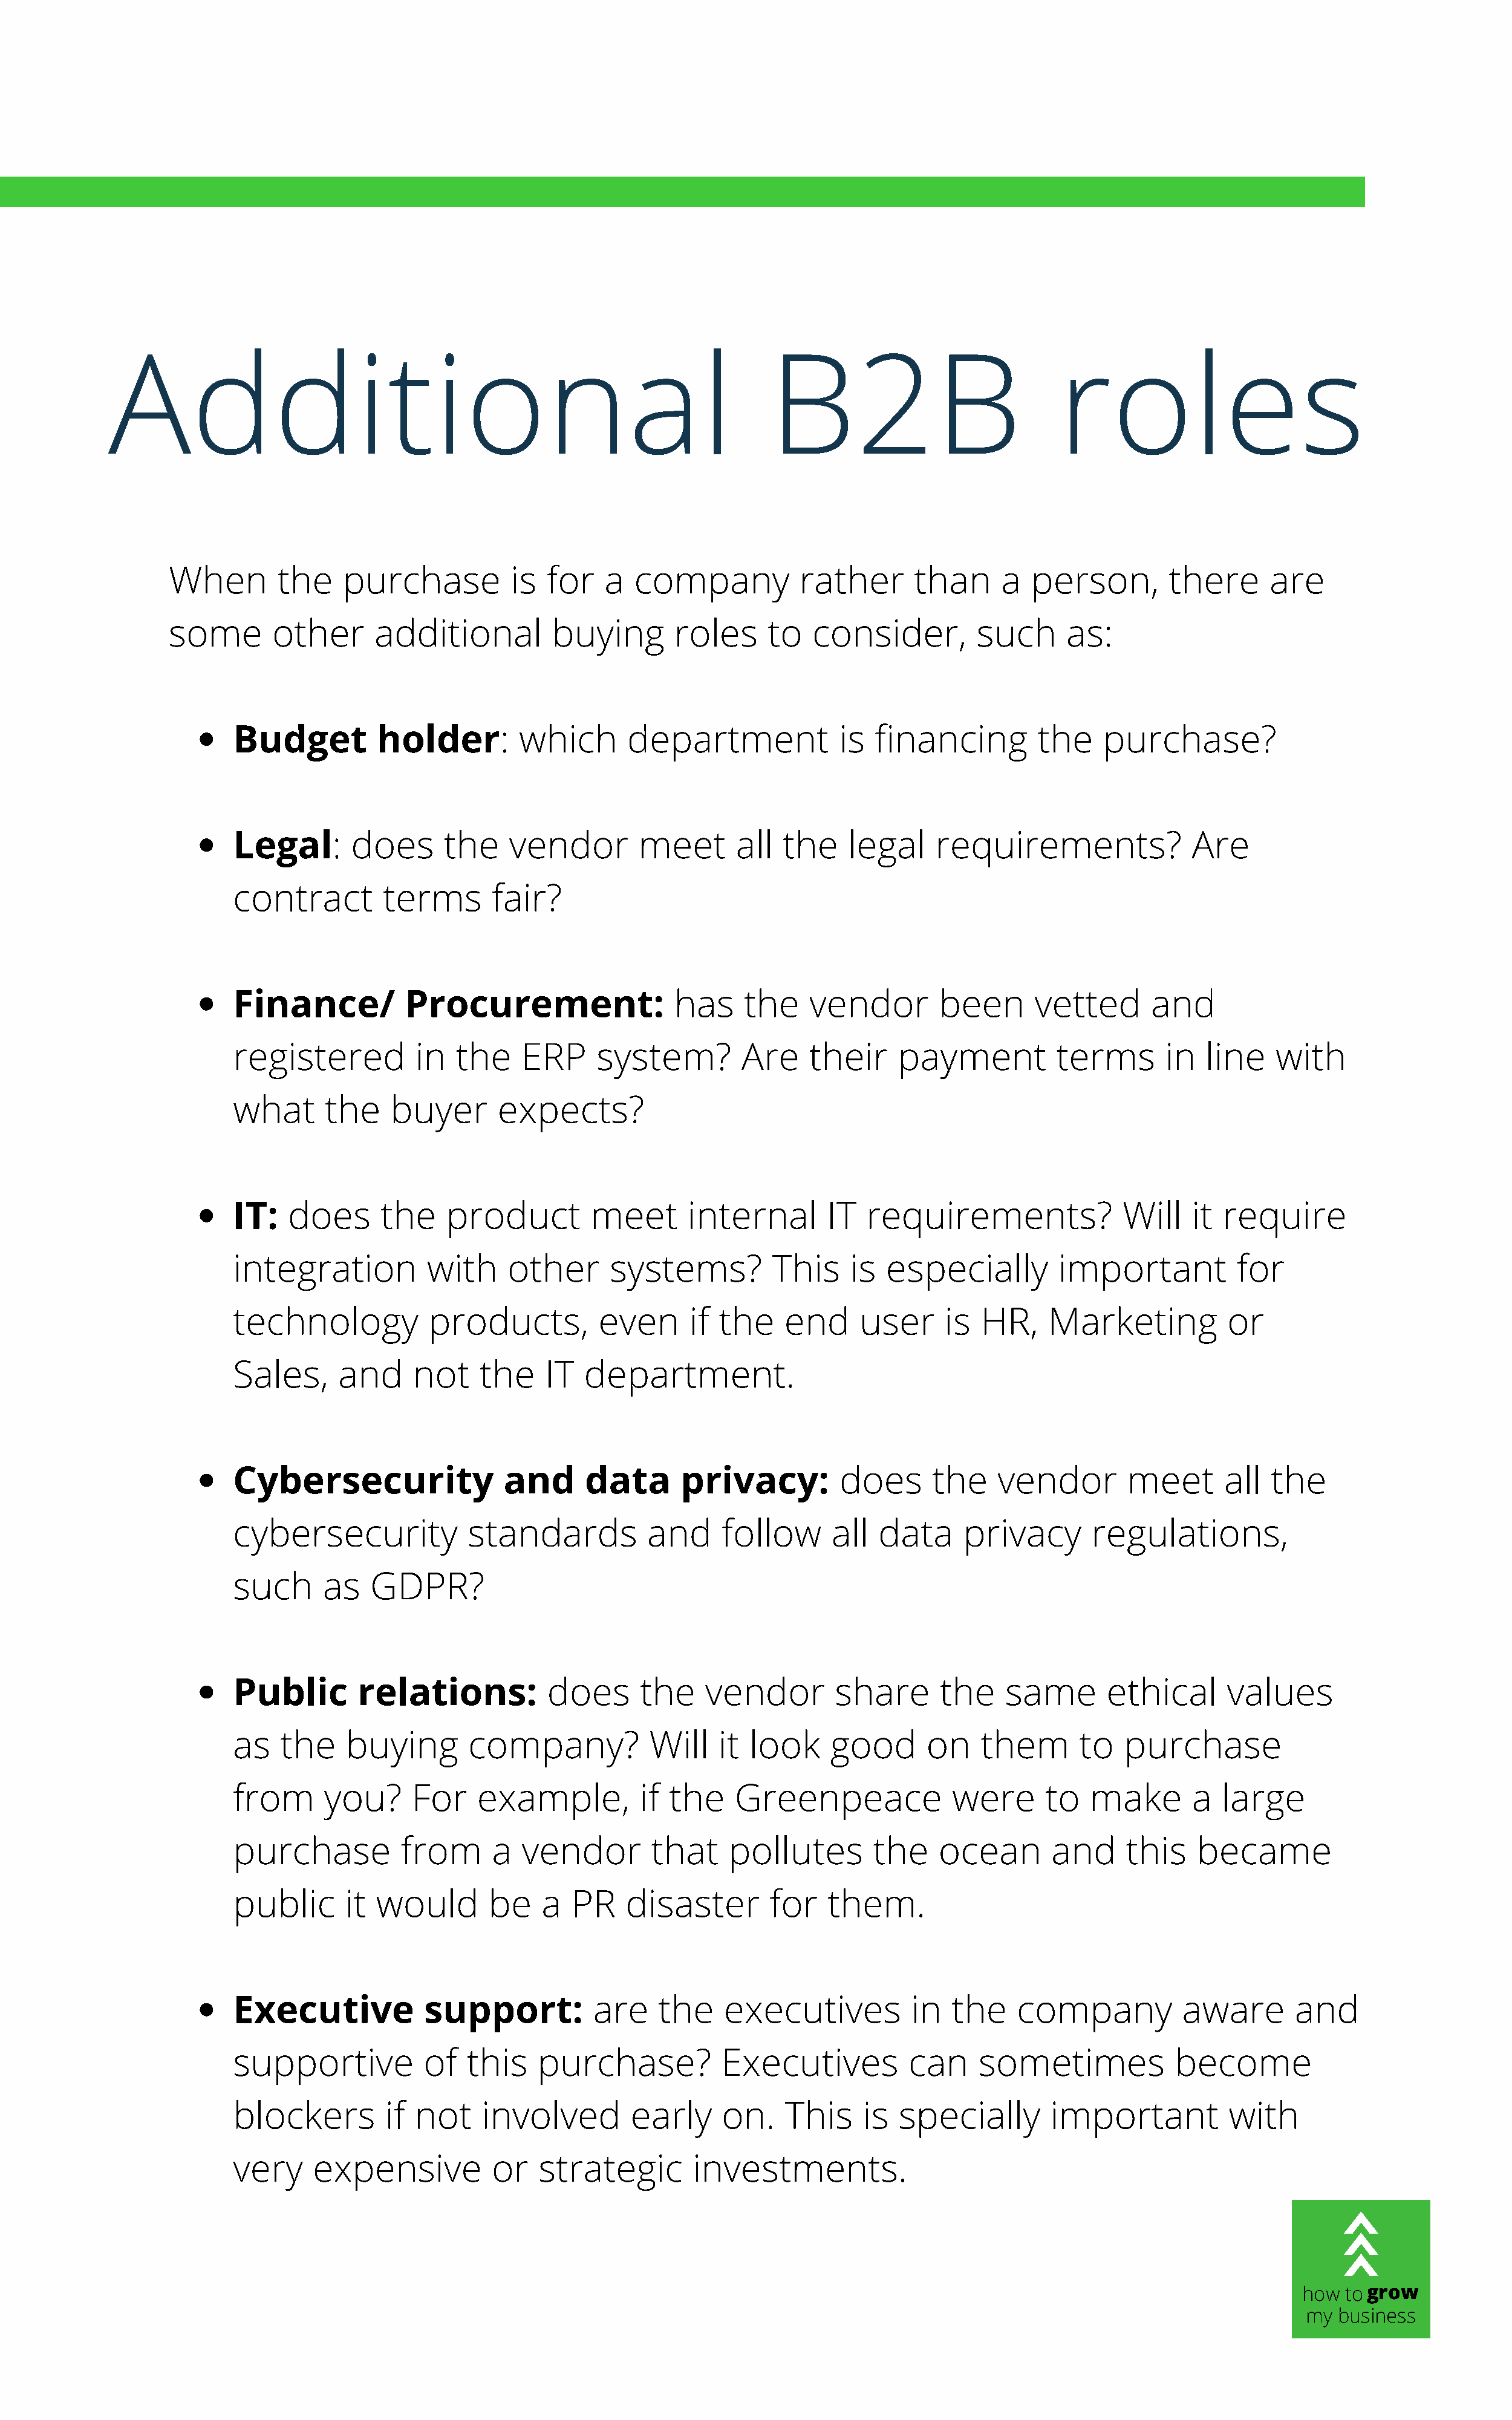
Additional                                                              B2B                             roles
 When        the     purchase          is  for   a  company            rather      than      a  person,        there      are
 some        other      additional         buying        roles     to   consider,         such      as:
 Budget          holder:         which       department             is  financing         the    purchase?
 Legal:       does       the    vendor        meet       all  the    legal    requirements?                Are
 contract         terms       fair?
 Finance/           Procurement:                  has    the     vendor        been      vetted       and
 registered          in   the    ERP     system?         Are     their    payment           terms       in  line    with
 what       the    buyer       expects?
 IT:    does      the    product         meet      internal        IT  requirements?               Will    it require
 integration           with     other      systems?          This    is  especially         important           for
 technology            products,          even      if the    end     user      is HR,     Marketing           or
 Sales,      and     not     the    IT  department.
 Cybersecurity                 and      data       privacy:         does      the    vendor        meet       all  the
 cybersecurity             standards           and     follow      all  data      privacy       regulations,
 such      as    GDPR?
 Public        relations:           does      the    vendor        share       the    same       ethical      values
 as    the    buying       company?            Will    it look     good       on   them       to   purchase
 from       you?     For    example,          if the     Greenpeace             were       to  make        a  large
 purchase           from      a  vendor        that     pollutes        the    ocean       and     this    became
 public       it would        be   a   PR    disaster       for    them.
 Executive            support:           are    the    executives           in  the    company            aware       and
 supportive           of   this    purchase?           Executives           can    sometimes             become
 blockers         if not     involved        early     on.    This     is specially        important           with
 very     expensive           or   strategic        investments.
 how togrow
 my business